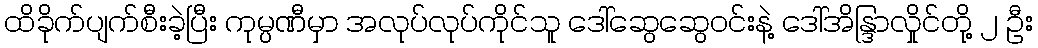
ထိခိုက်ပျက်စီးခဲ့ပြီး ကုမ္ပဏီမှာ အလုပ်လုပ်ကိုင်သူ ဒေါ်ဆွေဆွေဝင်းနဲ့ ဒေါ်အိန္ဒြာလှိုင်တို့ ၂ ဦး